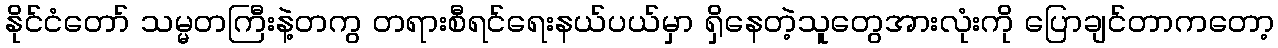
နိုင်ငံတော် သမ္မတကြီးနဲ့တကွ တရားစီရင်ရေးနယ်ပယ်မှာ ရှိနေတဲ့သူတွေအားလုံးကို ပြောချင်တာကတော့